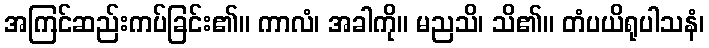
အကြင်ဆည်းကပ်ခြင်း၏။ ကာလံ၊ အခါကို။ မညသိ၊ သိ၏။ တံပယိရုပါသနံ၊